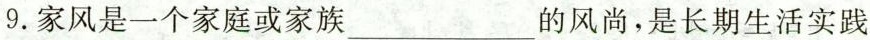
9.家风是一个家庭或家族_的风尚，是长期生活实践